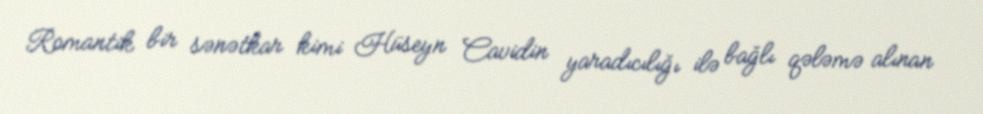
Romantik bir sənətkar kimi Hüseyn Cavidin yaradıcılığı ilə bağlı qələmə alınan